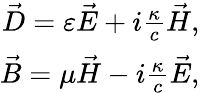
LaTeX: \begin{array}{r}{\vec{D}=\varepsilon\vec{E}+i\frac{\kappa}{c}\vec{H},}\\ {\vec{B}=\mu\vec{H}-i\frac{\kappa}{c}\vec{E},}\end{array}